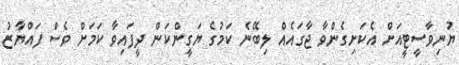
ޔުނިވާސީޓީއަށް އެކަށިގެންވާ ޖާގައެއް ލިބޭނެ ކަމުގެ ޔަގީންކަން ދީފައިވާ ކަމަށް ވެސް ފައްޔާޒު